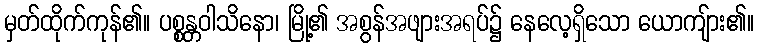
မှတ်ထိုက်ကုန်၏။ ပစ္စန္တဝါသိနော၊ မြို့၏ အစွန်အဖျားအရပ်၌ နေလေ့ရှိသော ယောကျ်ား၏။